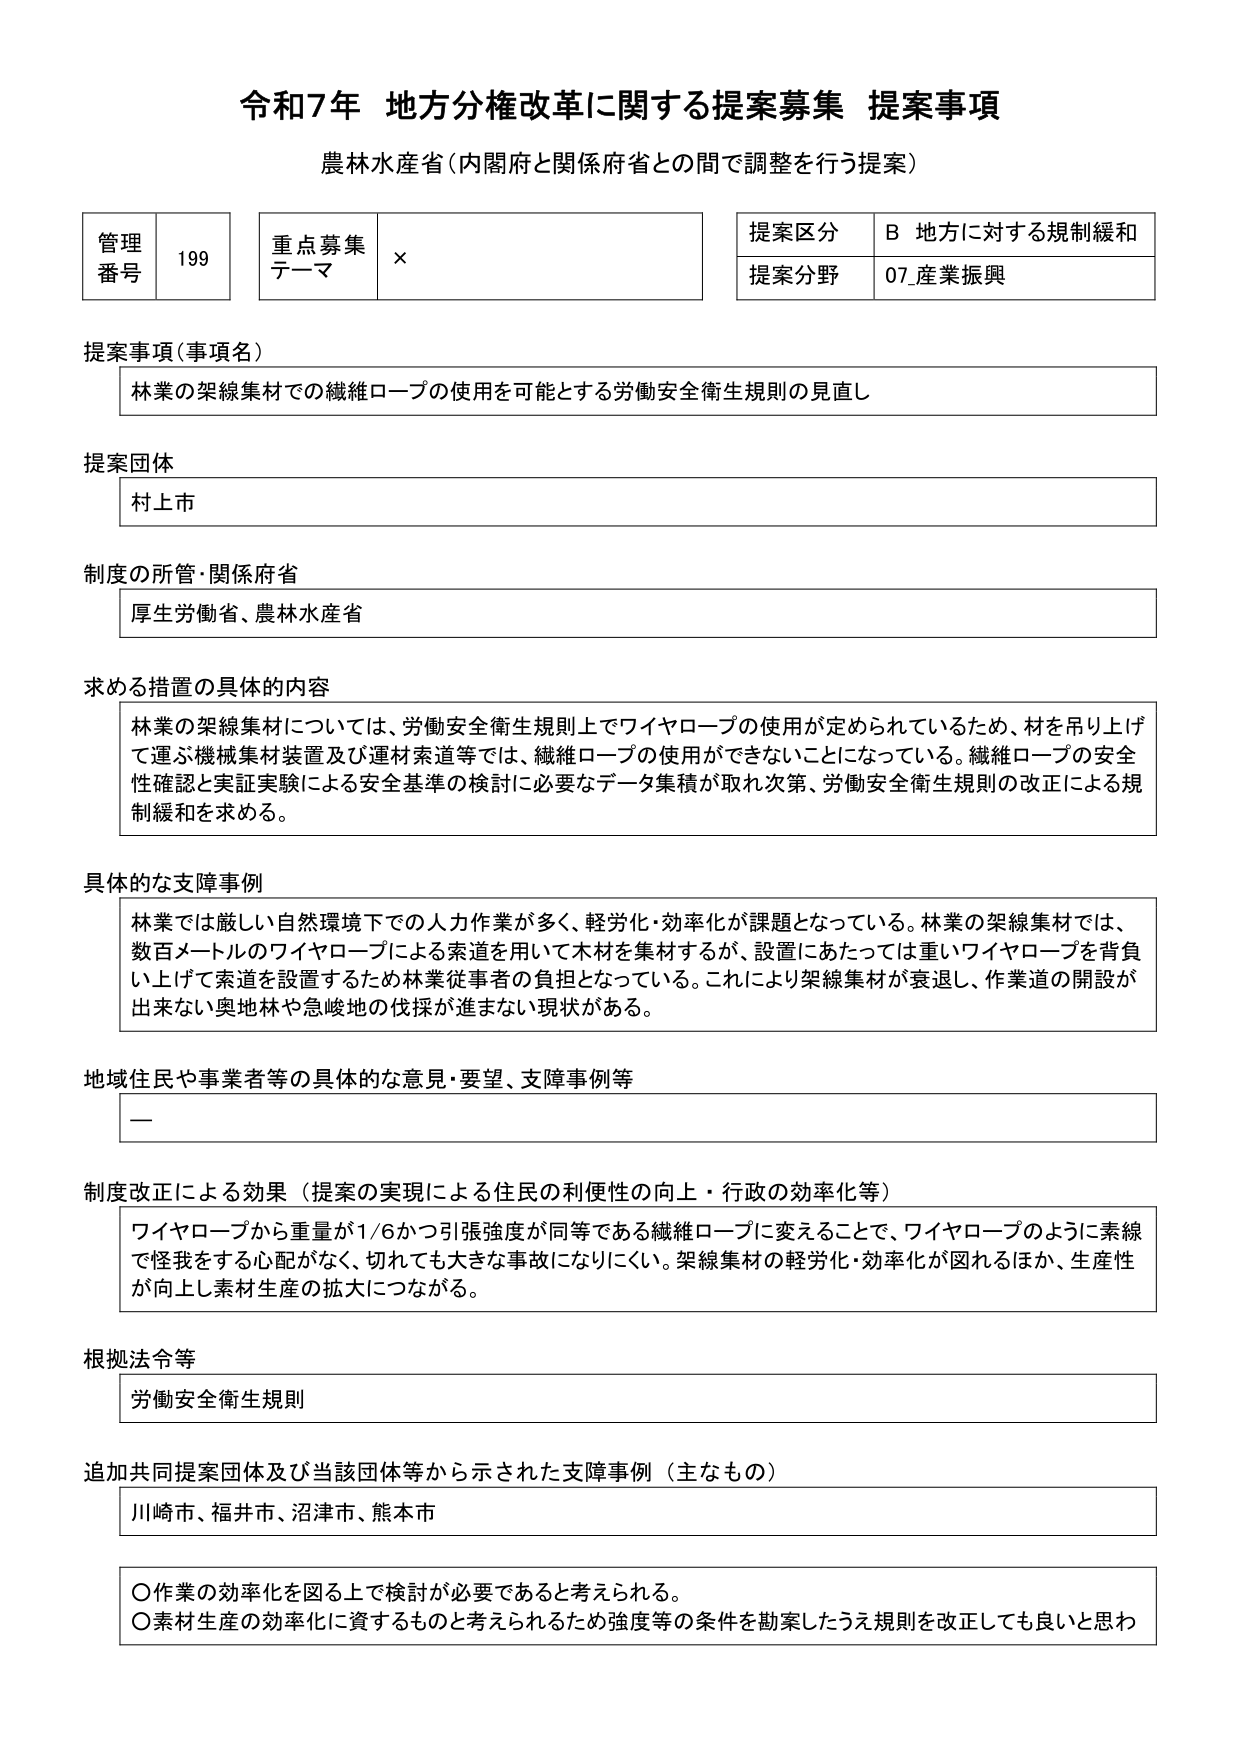
令和7年 地方分権改革に関する提案募集 提案事項
農林水産省（内閣府と関係府省との間で調整を行う提案）

管理番号 199
重点募集テーマ ×
提案区分 B 地方に対する規制緩和
提案分野 07_産業振興

提案事項（事項名）
林業の架線集材での繊維ロープの使用を可能とする労働安全衛生規則の見直し

提案団体
村上市

制度の所管・関係府省
厚生労働省、農林水産省

求める措置の具体的内容
林業の架線集材については、労働安全衛生規則上でワイヤロープの使用が定められているため、材を吊り上げて運ぶ機械集材装置及び運材索道等では、繊維ロープの使用ができないことになっている。繊維ロープの安全性確認と実証実験による安全基準の検討に必要なデータ集積が取れ次第、労働安全衛生規則の改正による規制緩和を求める。

具体的な支障事例
林業では厳しい自然環境下での人力作業が多く、軽労化・効率化が課題となっている。林業の架線集材では、数百メートルのワイヤロープによる索道を用いて木材を集材するが、設置にあたっては重いワイヤロープを背負い上げて索道を設置するため林業従事者の負担となっている。これにより架線集材が衰退し、作業道の開設が出来ない奥地林や急峻地の伐採が進まない現状がある。

地域住民や事業者等の具体的な意見・要望、支障事例等
ー

制度改正による効果（提案の実現による住民の利便性の向上・行政の効率化等）
ワイヤロープから重量が1/6かつ引張強度が同等である繊維ロープに変えることで、ワイヤロープのように素線で怪我をする心配がなく、切れても大きな事故になりにくい。架線集材の軽労化・効率化が図れるほか、生産性が向上し素材生産の拡大につながる。

根拠法令等
労働安全衛生規則

追加共同提案団体及び当該団体等から示された支障事例（主なもの）
川崎市、福井市、沼津市、熊本市

〇作業の効率化を図る上で検討が必要であると考えられる。
〇素材生産の効率化に資するものと考えられるため強度等の条件を勘案したうえ規則を改正しても良いと思わ